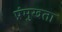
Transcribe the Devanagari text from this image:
प्रंमुखता